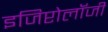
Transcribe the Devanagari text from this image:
इजिप्टोलॉजी